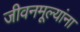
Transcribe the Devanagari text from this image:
जीवनमूल्यांना